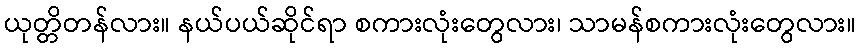
ယုတ္တိတန်လား။ နယ်ပယ်ဆိုင်ရာ စကားလုံးတွေလား၊ သာမန်စကားလုံးတွေလား။